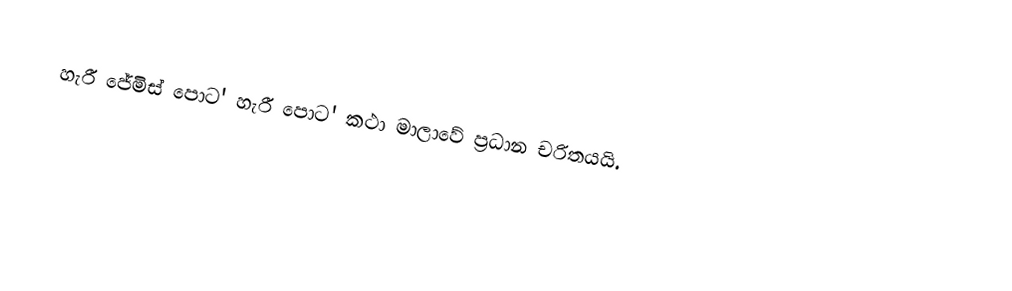
හැරී ජේමිස් පොට' හැරී පොට' කථා මාලාවේ ප්‍රධාන චරිතයයි.